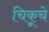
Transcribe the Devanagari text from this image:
चिकूचे